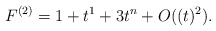
\begin{align*}F^{(2)}=1+t^1+3t^n+O((t)^2).\end{align*}